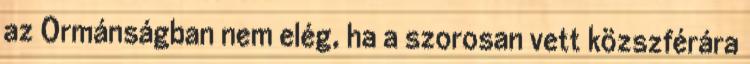
az Ormánságban nem elég, ha a szorosan vett közszférára